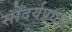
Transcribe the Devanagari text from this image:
सौंदर्यप्रधान